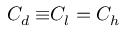
{ C _ { d } \equiv } C _ { l } = C _ { h }